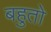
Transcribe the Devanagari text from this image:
बहुतो